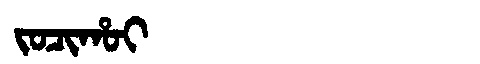
Manchu: ᠵᠣᠴᡳᡥᠣᡳ
Romanization: JOCIHOI